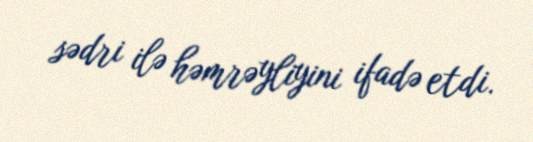
sədri ilə həmrəyliyini ifadə etdi.